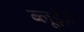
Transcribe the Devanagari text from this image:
ब्लूड़ेंज़